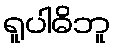
ရူပါဓိဘူ